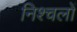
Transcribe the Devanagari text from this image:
निश्चलों